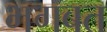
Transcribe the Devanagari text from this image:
भगबत